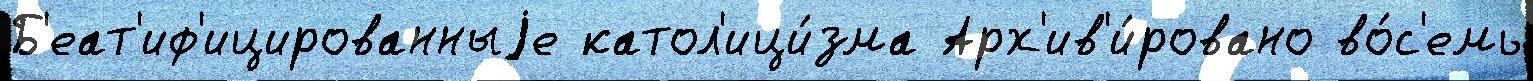
Б'еат'иф'ицированныjе катол'ици́зма Арх'ив'и́ровано во́с'емь